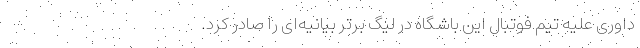
داوری علیه تیم فوتبال این باشگاه در لیگ برتر بیانیه‌ای را صادر کرد.